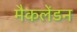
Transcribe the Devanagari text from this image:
मैकलेंडन